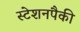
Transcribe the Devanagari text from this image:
स्टेशनपैकी